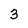
Character: 3